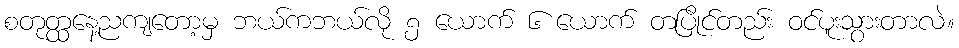
စတုတ္ထနေ့ညကျတော့မှ ဘယ်ကဘယ်လို ၅ ယောက် ၆ ယောက် တပြိုင်တည်း ဝင်ပူးသွားတာလဲ။